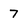
Character: 7